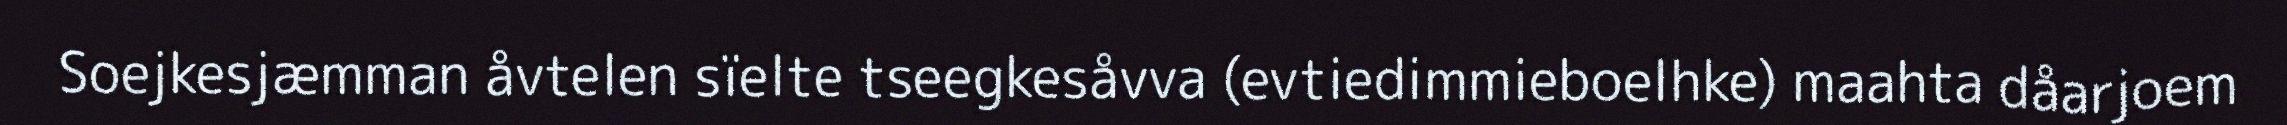
Soejkesjæmman åvtelen sïelte tseegkesåvva (evtiedimmieboelhke) maahta dåarjoem